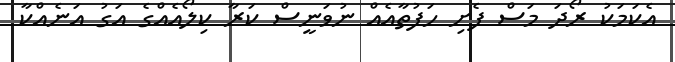
އެކަމަކު ރޯދަ މަސް ފެށި ހަފުތާއެއް ނުވަނީސް ކަރާ ކިލޯއެއްގެ އަގު އަނެއްކާ